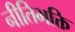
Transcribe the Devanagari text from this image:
नीतिभक्ति